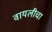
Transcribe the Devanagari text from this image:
वायलीचा